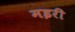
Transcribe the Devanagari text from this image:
मइरी